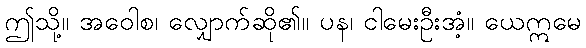
ဤသို့။ အဝေါစ၊ လျှောက်ဆို၏။ ပန၊ ငါမေးဦးအံ့။ ယေဣမေ